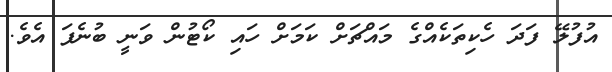
އުފުލޭ ފަދަ ހެކިތަކެއްގެ މައްޗަށް ކަމަށް ހައި ކޯޓުން ވަނީ ބުނެފަ އެވެ.